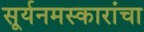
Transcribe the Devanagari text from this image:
सूर्यनमस्कारांचा